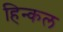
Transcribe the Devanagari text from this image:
हिन्कल